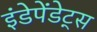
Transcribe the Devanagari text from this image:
इंडेपेंडेट्स